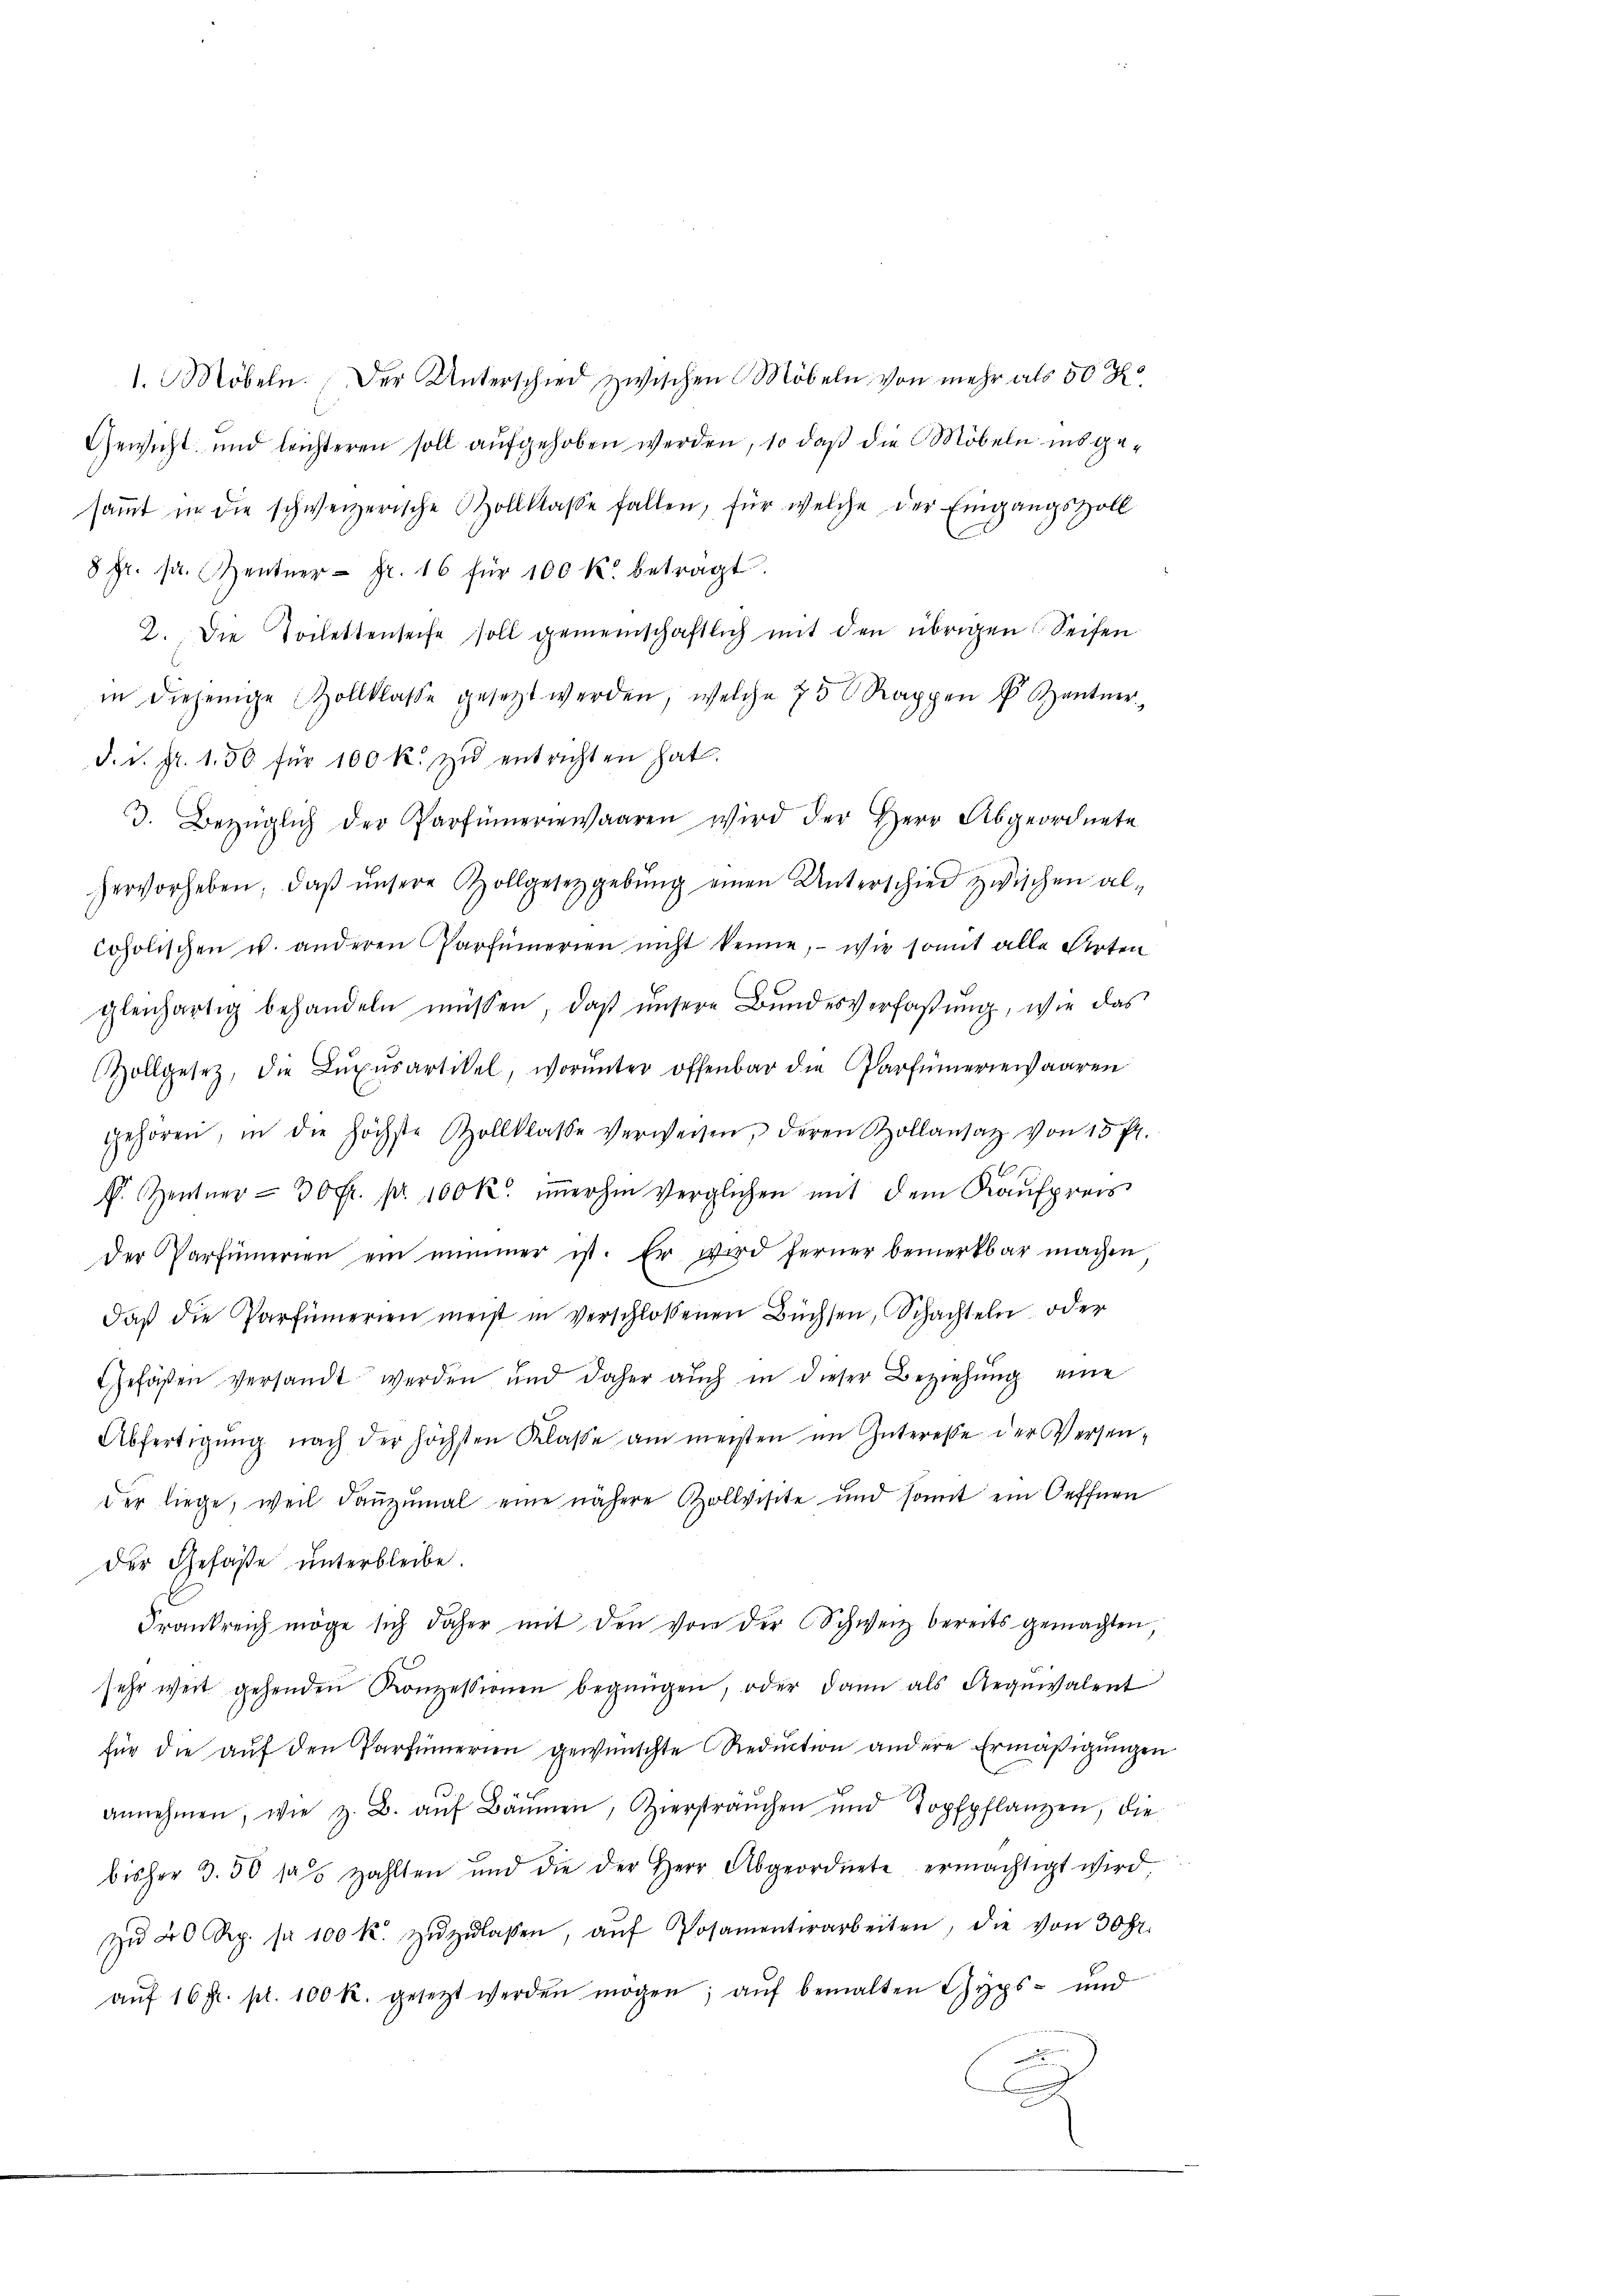
1. Möbeln. Der Unterschied zwischen Möbeln von mehr als 50 K
Gewicht und leichteren soll aufgehoben werden, so daß die Möbeln insgesammt in die schweizerische Zollklasse fallen, für welche der Eingangszoll
8 Fr. sr. Zentner Fr. 16 für 100 k. betragt.
2. Die Toilettenseite soll gemeinschaftlich mit den übrigen Seifen
in diejenige Zollklasse gesetzt werden, welche 75 Rappen u. Zentner
d. d. fr. 150 für 100 k. zŭ entrichten hat.
3. Bezüglich der Parfümeriewaaren wird der Herr Abgeordnete
hervorheben, daβ ŭnsere Zollgesetzgebŭng einen Unterschied zwischen al-
Copolischen u. anderen Parfümerien nicht kenne, - wie somit alle Arten
gleichartig behandeln müssen, daß unsere Bundesverfaßung, wie das
ollgesetz, die Lŭxŭsartikel, worunter offenbar die Partümeriewaaren
gehören, in die höchste Zollklasse verweisen, deren Zollansatz von 15 fl.
F. Zentner - 30 fr. pr. 100 K. iṁerhin verglichen mit dem Kaŭfpreis
der Parfümerien ein nimmer ist. Er wird ferner bemerkbar machen
daß die Parfümerien meist in verschlossenen Büchsen, Schachteln oder
efäßen versandt werden und daher auch in dieser Beziehŭng eine
Abfertigŭng nach der höchsten Klasse am meisten im Interesse der Versen-
der liege, weil danzumal eine nähere Zollvisite und somit ein Oeffnen
der Gefäße unterbleibe.
Frankreich möge sich daher mit den von der Schweiz bereits gemachten,
sehr weit gehenden Konzessionen begnügen, oder dann als Regewalent
für die aŭf den Parfümerien gewünschte Reduction andere Ermäßigungen
annehmen, wie z. B. aŭf Bäumen, Zierstranchen und Topfpflanzen, die
bisher 3. 50 das zahlten und die der Herr Abgeordnete ermächtigt wird,
zŭ 20 Rp. pr 100 k. zŭzŭlassen, aŭf Posamenterarbeiten, die von 30 Fr.
aŭf 16 fr. pr. 100 R. gesetzt werden mögen, aŭf bemalten Gyps- und